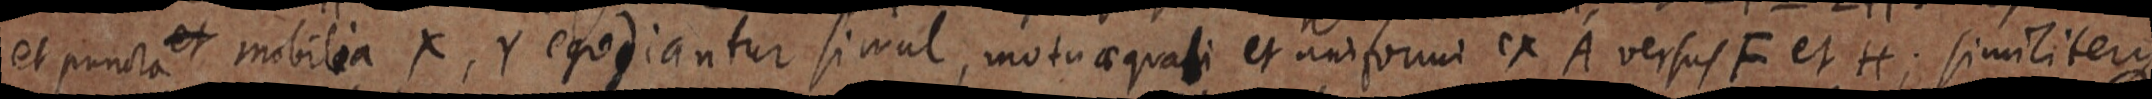
et puncta et mobilia X, Y egodiantur simul, motu aequali et uniformi ex A versus F et H; similitera